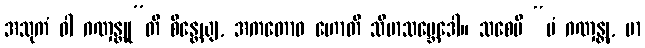
အသုကံ ဝါ ဂဏှန္တူ”တိ စိန္တေယျ, အကတောဝ ဟောတိ သီမာသမ္ဘေဒေါ။ သစေပိ “မံ ဂဏှန္တု, မာ